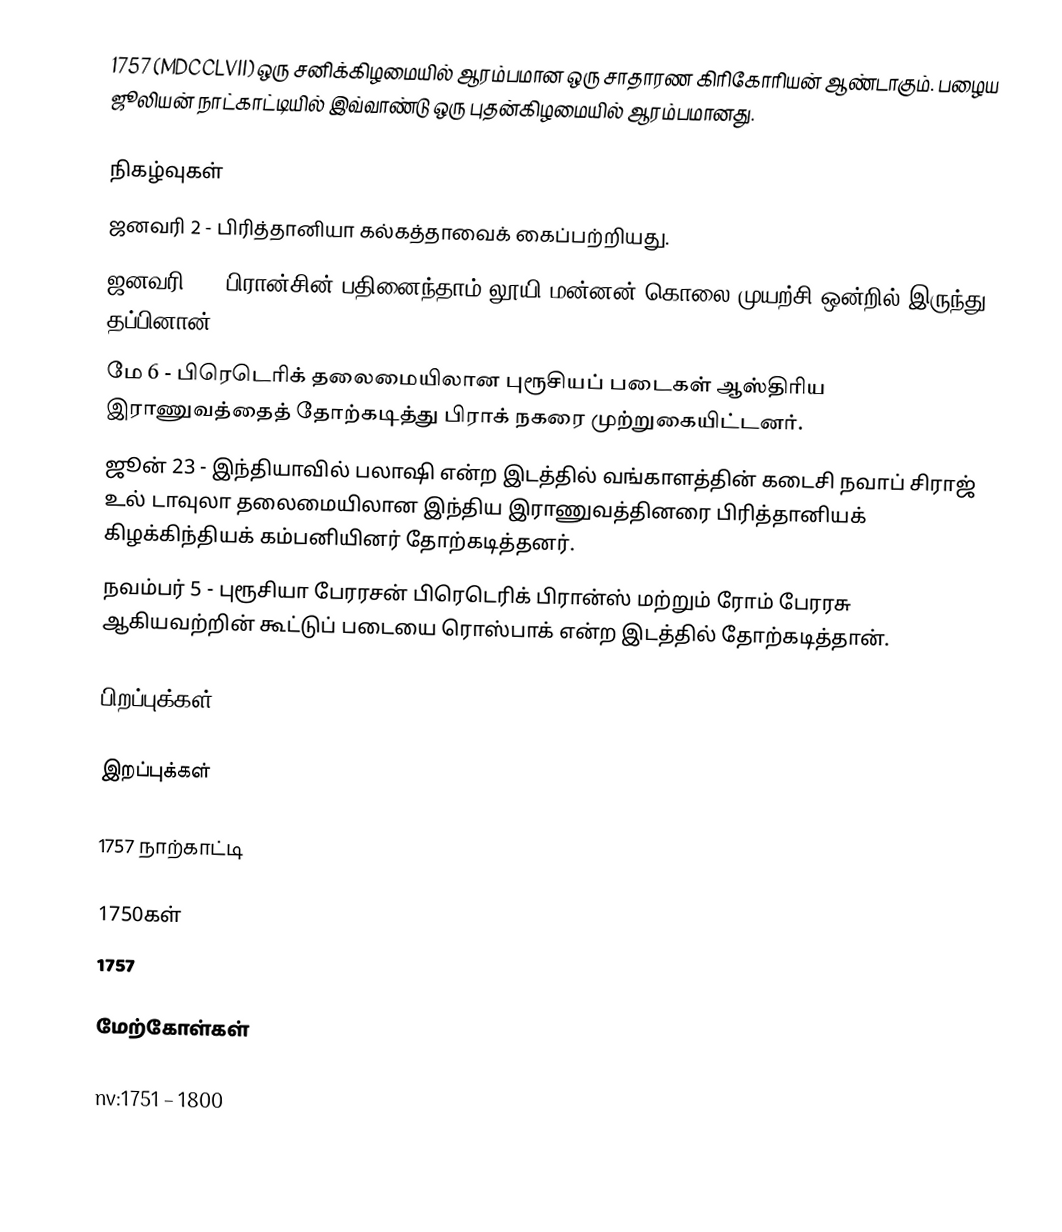
1757  (MDCCLVII) ஒரு சனிக்கிழமையில் ஆரம்பமான ஒரு சாதாரண கிரிகோரியன் ஆண்டாகும். பழைய ஜூலியன் நாட்காட்டியில் இவ்வாண்டு ஒரு புதன்கிழமையில் ஆரம்பமானது.

நிகழ்வுகள்
 ஜனவரி 2 - பிரித்தானியா கல்கத்தாவைக் கைப்பற்றியது.
 ஜனவரி 5 - பிரான்சின் பதினைந்தாம் லூயி மன்னன் கொலை முயற்சி ஒன்றில் இருந்து தப்பினான்.
 மே 6 - பிரெடெரிக் தலைமையிலான புரூசியப் படைகள் ஆஸ்திரிய இராணுவத்தைத் தோற்கடித்து பிராக் நகரை முற்றுகையிட்டனர்.
 ஜூன் 23 - இந்தியாவில் பலாஷி என்ற இடத்தில் வங்காளத்தின் கடைசி நவாப் சிராஜ் உல் டாவுலா தலைமையிலான இந்திய இராணுவத்தினரை பிரித்தானியக் கிழக்கிந்தியக் கம்பனியினர் தோற்கடித்தனர்.
 நவம்பர் 5 - புரூசியா பேரரசன் பிரெடெரிக் பிரான்ஸ் மற்றும் ரோம் பேரரசு ஆகியவற்றின் கூட்டுப் படையை ரொஸ்பாக் என்ற இடத்தில் தோற்கடித்தான்.

பிறப்புக்கள்

இறப்புக்கள்

1757 நாற்காட்டி

1750கள்
1757

மேற்கோள்கள்

nv:1751 – 1800